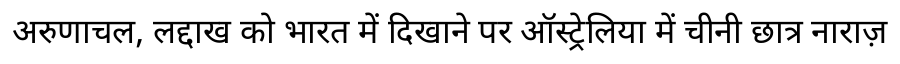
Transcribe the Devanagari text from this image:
अरुणाचल, लद्दाख को भारत में दिखाने पर ऑस्ट्रेलिया में चीनी छात्र नाराज़